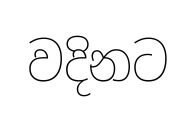
වදිනට